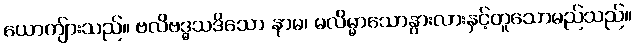
ယောကျ်ားသည်။ ဗလိဗဒ္ဓသဒိသော နာမ၊ မလိမ္မာသောနွားလားနှင့်တူသောမည်သည်။